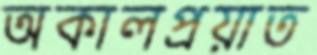
অকালপ্রয়াত